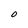
Character: O